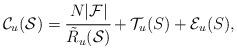
LaTeX: \begin{align*}\mathcal{C}_u(\mathcal{S}) = \cfrac{N|\mathcal{F}|}{\tilde{R}_u(\mathcal{S})} + \mathcal{T}_u(S) + \mathcal{E}_u(S),\end{align*}